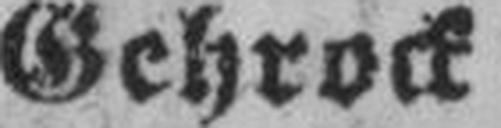
Gehrock